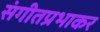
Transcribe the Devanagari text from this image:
संगीतप्रभाकर